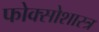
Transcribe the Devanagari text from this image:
फोक्सोशास्त्र